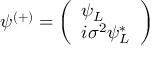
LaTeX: \psi ^ { ( + ) } = { \left( \begin{array} { l } { \psi _ { L } } \\ { i \sigma ^ { 2 } \psi _ { L } ^ { * } } \end{array} \right) }